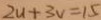
2 u + 3 v = 1 5